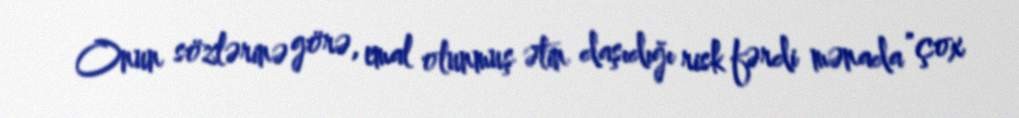
Onun sözlərinə görə, emal olunmuş ətin daşıdığı risk fərdi mənada "çox